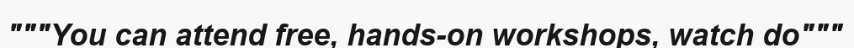
"""You can attend free, hands-on workshops, watch do"""